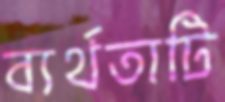
ব্যর্থতাটি